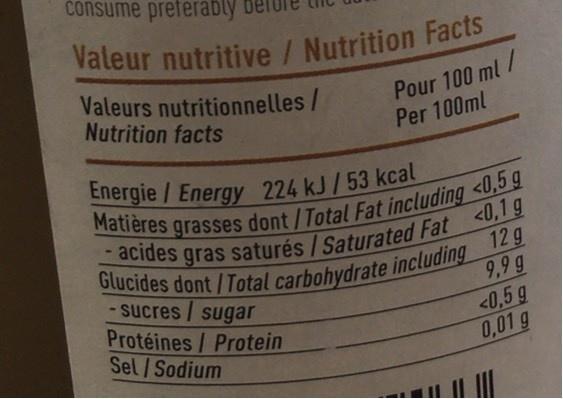
consume preferably
Valeur nutritive / Nutrition Facts
Valeurs nutritionnelles/ Nutrition facts
Pour 100 ml/ Per 100ml
Energie/Energy 224 kJ/53 kcal
Matières grasses dont/Total Fat including <0,5g - acides gras saturés /Saturated Fat <0,1 g Glucides dont/Total carbohydrate including 12 g
- sucres/sugar Protéines/ Protein Sel/Sodium
9,9 g <0,5 g 0,01 g